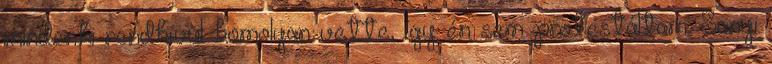
mindenki rendkívül komolyan vette, így én sem protestál­tam. Sanyi